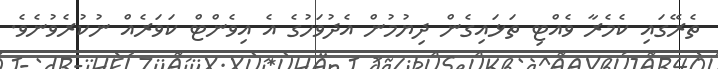
ތެރޭގައި ކެމެރާ ވެއްޓި ތަޅައިގެން ދިޔުމުން އެދުވަހުގެ އެ އިވެންޓް ކަވަރެއް ނުކުރެވުނެވެ.